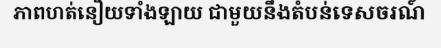
ភាពហត់នឿយទាំងឡាយ ជាមួយនឹងតំបន់ទេសចរណ៍